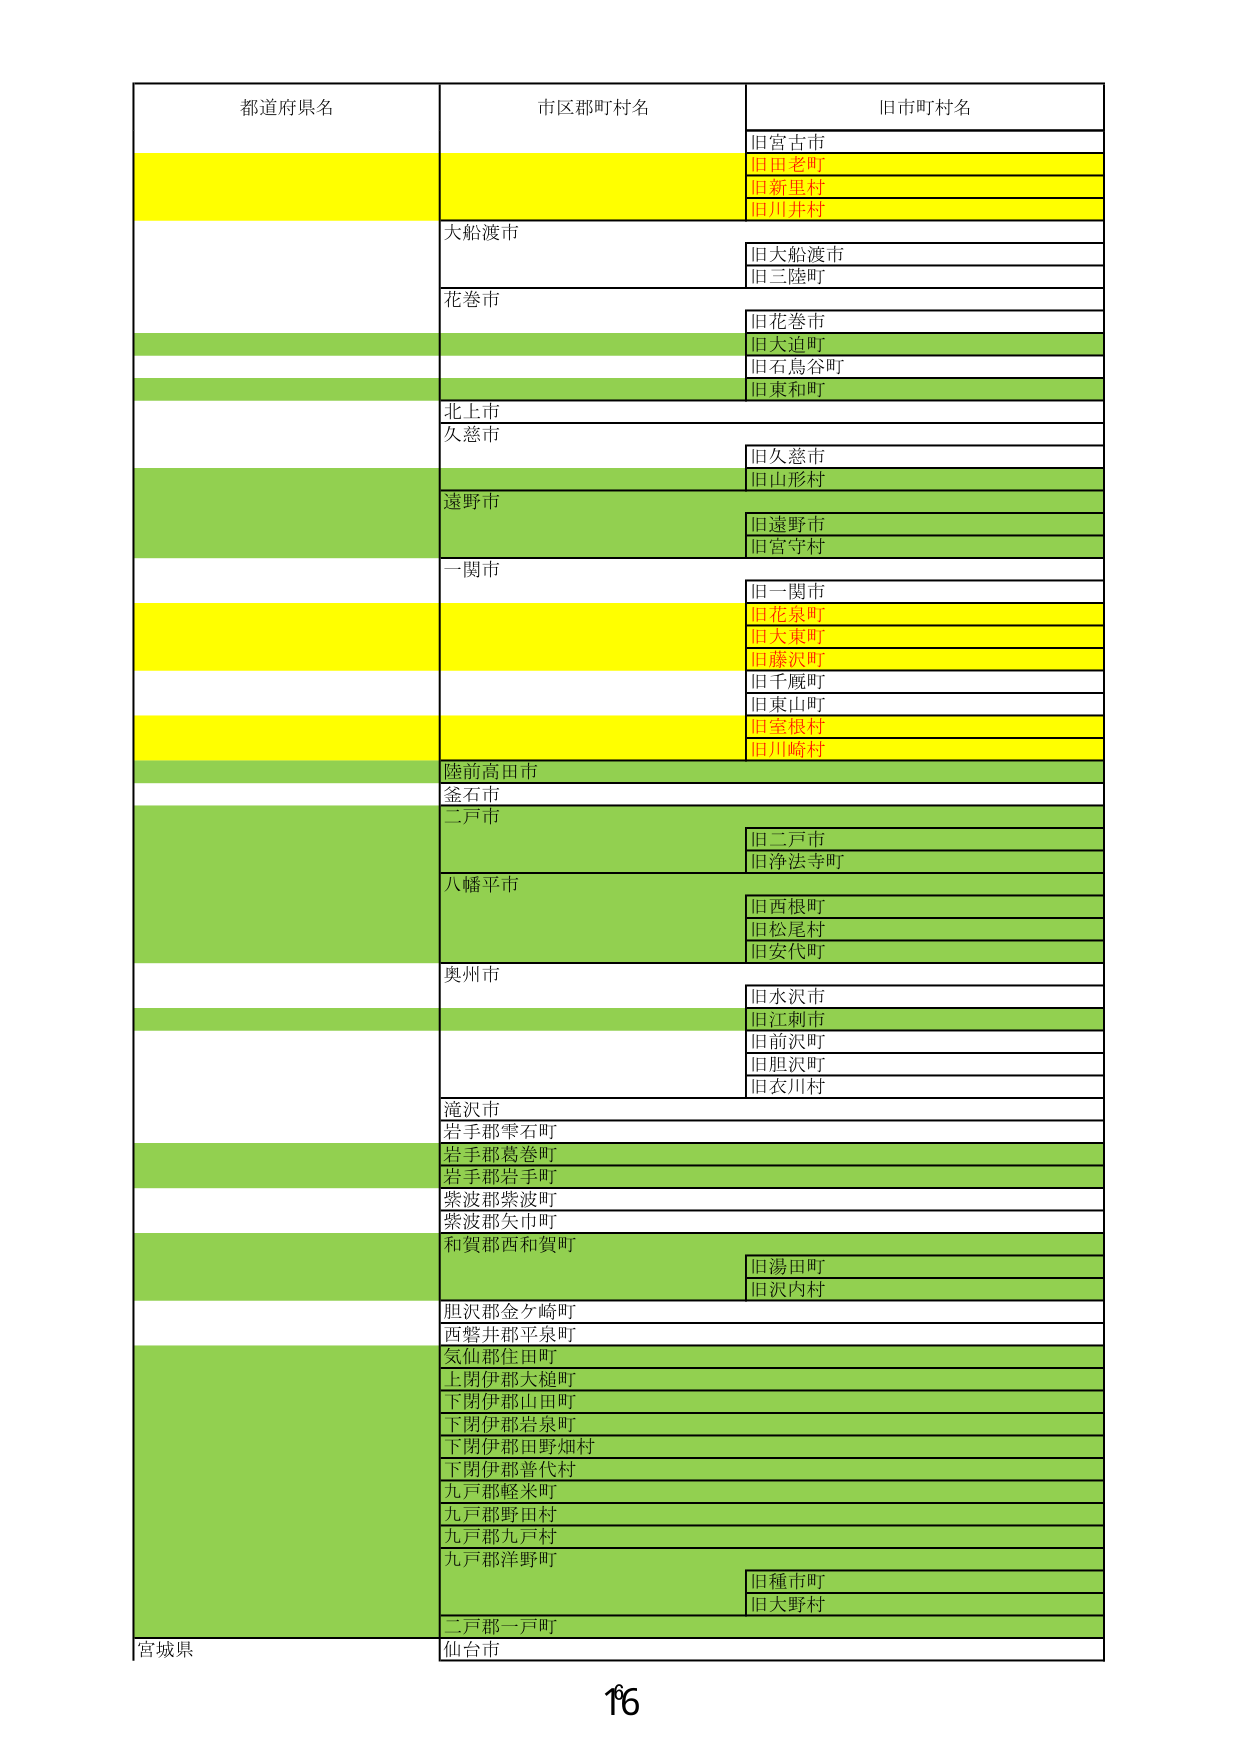
都道府県名
市区郡町村名
旧市町村名
旧宮古市
旧田老町
旧新里村
旧川井村
大船渡市
旧大船渡市
旧三陸町
花巻市
旧花巻市
旧大迫町
旧石鳥谷町
旧東和町
北上市
久慈市
旧久慈市
旧山形村
遠野市
旧遠野市
旧宮守村
一関市
旧一関市
旧花泉町
旧大東町
旧藤沢町
旧千厩町
旧東山町
旧室根村
旧川崎村
陸前高田市
釜石市
二戸市
旧二戸市
旧浄法寺町
八幡平市
旧西根町
旧松尾村
旧安代町
奥州市
旧水沢市
旧江刺市
旧前沢町
旧胆沢町
旧衣川村
滝沢市
岩手郡雫石町
岩手郡葛巻町
岩手郡岩手町
紫波郡紫波町
紫波郡矢巾町
和賀郡西和賀町
旧湯田町
旧沢内村
胆沢郡金ケ崎町
西磐井郡平泉町
気仙郡住田町
上閉伊郡大槌町
下閉伊郡山田町
下閉伊郡岩泉町
下閉伊郡田野畑村
下閉伊郡普代村
九戸郡軽米町
九戸郡野田村
九戸郡九戸村
九戸郡洋野町
旧種市町
旧大野村
二戸郡一戸町
宮城県
仙台市
16